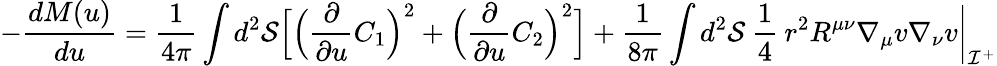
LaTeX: -\frac{dM(u)}{du}=\frac{1}{4\pi}\int d^{2}{\cal S}\Bigl[\Bigl(\frac{\partial}{\partial u}C_{1}\Bigr)^{2}+\Bigl(\frac{\partial}{\partial u}C_{2}\Bigr)^{2}\Bigr]+\frac{1}{8\pi}\int d^{2}{\cal S}\: \frac{1}{4}\: r^{2}R^{\mu\nu}\nabla_{\mu}v\nabla_{\nu}v\biggl|_{{\cal I}^{+}}